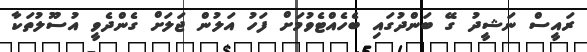
ރައީސް ނަޝީދު ގޭ ބަންދުގައި ބެހެއްޓެވުމަށް ފަހު އަލުން ޖަލަށް ގެންދެވީ އުސޫލުތަކާ